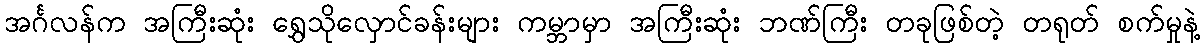
အင်္ဂလန်က အကြီးဆုံး ရွှေသိုလှောင်ခန်းများ ကမ္ဘာမှာ အကြီးဆုံး ဘဏ်ကြီး တခုဖြစ်တဲ့ တရုတ် စက်မှုနဲ့